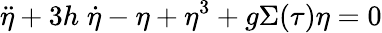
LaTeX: \ddot{\eta}+3h\; \dot{\eta}-\eta+\eta^{3}+g\Sigma(\tau)\eta=0